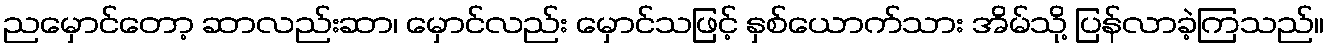
ညမှောင်တော့ ဆာလည်းဆာ၊ မှောင်လည်း မှောင်သဖြင့် နှစ်ယောက်သား အိမ်သို့ ပြန်လာခဲ့ကြသည်။